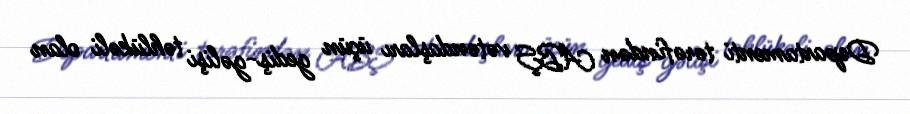
Departamenti tərəfindən ABŞ vətəndaşları üçün gediş-gəlişi təhlükəli olan